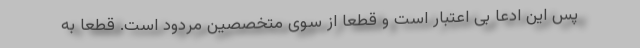
پس این ادعا بی اعتبار است و قطعا از سوی متخصصین مردود است. قطعا به